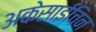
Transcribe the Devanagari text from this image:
अकेसाईचिन